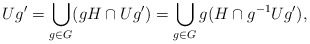
\begin{align*} Ug' = \bigcup_{g\in G} (gH \cap Ug') = \bigcup_{g\in G} g(H\cap g^{-1}Ug'), \end{align*}